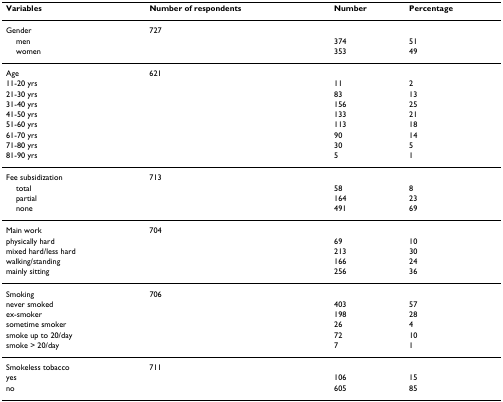
<table><thead><tr><td><b>Variables</b></td><td><b>Number of respondents</b></td><td><b>Number</b></td><td><b>Percentage</b></td></tr></thead><tbody><tr><td>Gender</td><td>727</td><td></td><td></td></tr><tr><td> men</td><td></td><td>374</td><td>51</td></tr><tr><td> women</td><td></td><td>353</td><td>49</td></tr><tr><td>Age</td><td>621</td><td></td><td></td></tr><tr><td>11-20 yrs</td><td></td><td>11</td><td>2</td></tr><tr><td>21-30 yrs</td><td></td><td>83</td><td>13</td></tr><tr><td>31-40 yrs</td><td></td><td>156</td><td>25</td></tr><tr><td>41-50 yrs</td><td></td><td>133</td><td>21</td></tr><tr><td>51-60 yrs</td><td></td><td>113</td><td>18</td></tr><tr><td>61-70 yrs</td><td></td><td>90</td><td>14</td></tr><tr><td>71-80 yrs</td><td></td><td>30</td><td>5</td></tr><tr><td>81-90 yrs</td><td></td><td>5</td><td>1</td></tr><tr><td>Fee subsidization</td><td>713</td><td></td><td></td></tr><tr><td> total</td><td></td><td>58</td><td>8</td></tr><tr><td> partial</td><td></td><td>164</td><td>23</td></tr><tr><td> none</td><td></td><td>491</td><td>69</td></tr><tr><td>Main work</td><td>704</td><td></td><td></td></tr><tr><td>physically hard</td><td></td><td>69</td><td>10</td></tr><tr><td>mixed hard/less hard</td><td></td><td>213</td><td>30</td></tr><tr><td>walking/standing</td><td></td><td>166</td><td>24</td></tr><tr><td>mainly sitting</td><td></td><td>256</td><td>36</td></tr><tr><td>Smoking</td><td>706</td><td></td><td></td></tr><tr><td>never smoked</td><td></td><td>403</td><td>57</td></tr><tr><td>ex-smoker</td><td></td><td>198</td><td>28</td></tr><tr><td>sometime smoker</td><td></td><td>26</td><td>4</td></tr><tr><td>smoke up to 20/day</td><td></td><td>72</td><td>10</td></tr><tr><td>smoke &gt; 20/day</td><td></td><td>7</td><td>1</td></tr><tr><td>Smokeless tobacco</td><td>711</td><td></td><td></td></tr><tr><td>yes</td><td></td><td>106</td><td>15</td></tr><tr><td>no</td><td></td><td>605</td><td>85</td></tr></tbody></table>